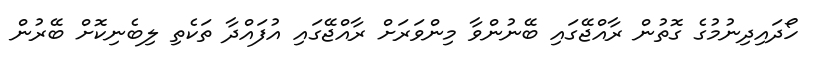
ހޯދައިދިނުމުގެ ގޮތުން ރާއްޖޭގައި ބޭނުންވާ މިންވަރަށް ރާއްޖޭގައި އުފައްދާ ތަކެތި ލިބެނިކޮށް ބޭރުން